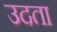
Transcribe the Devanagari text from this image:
उदता